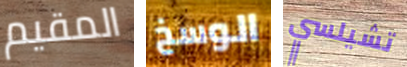
المقيم الوسخ تشيلسي